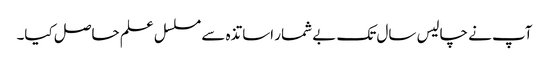
آپ نے چالیس سال تک بے شمار اساتذہ سے مسلسل علم حاصل کیا۔